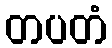
တပတံ